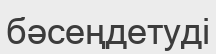
бәсеңдетуді